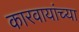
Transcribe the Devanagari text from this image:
कारवायांच्या